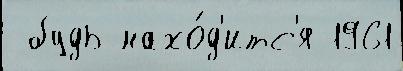
 будь нахо́д'итс'я 1961